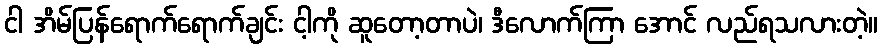
ငါ အိမ်ပြန်ရောက်ရောက်ချင်း ငါ့ကို ဆူတော့တာပဲ၊ ဒီလောက်ကြာ အောင် လည်ရသလားတဲ့။